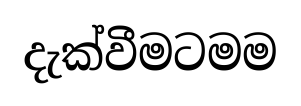
දැක්වීමටමම